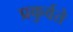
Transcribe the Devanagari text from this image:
प्रकुर्वते